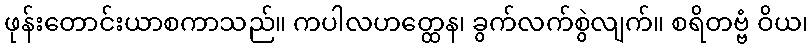
ဖုန်းတောင်းယာစကာသည်။ ကပါလဟတ္ထေန၊ ခွက်လက်စွဲလျက်။ စရိတဗ္ဗံ ဝိယ၊